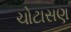
ચોટાસણ